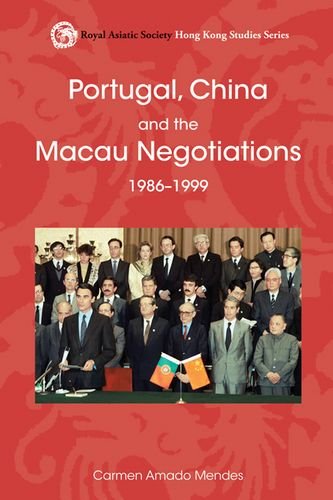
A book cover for Portugal, China, and the Macau Negotiations, 1986-1999 (Royal Asiatic Society Hong Kong Studies Series); Carmen Mendes; History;